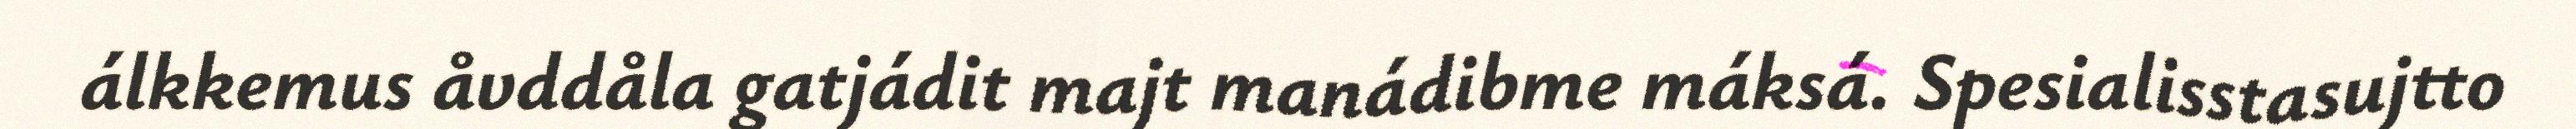
álkkemus åvddåla gatjádit majt manádibme máksá. Spesialisstasujtto